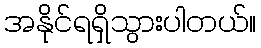
အနိုင်ရရှိသွားပါတယ်။